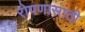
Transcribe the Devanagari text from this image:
रोपणासाठी